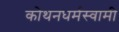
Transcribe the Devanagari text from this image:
कोथनधर्मस्वामी